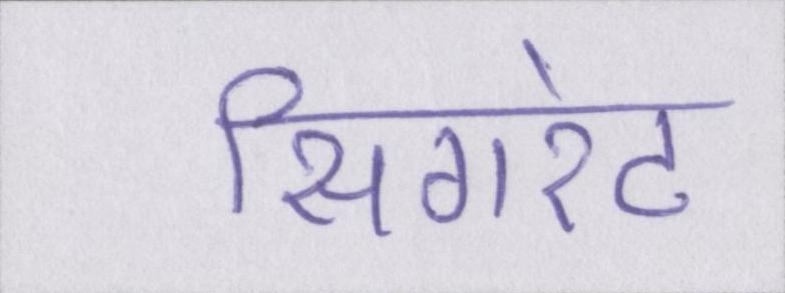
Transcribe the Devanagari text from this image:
सिगरेट